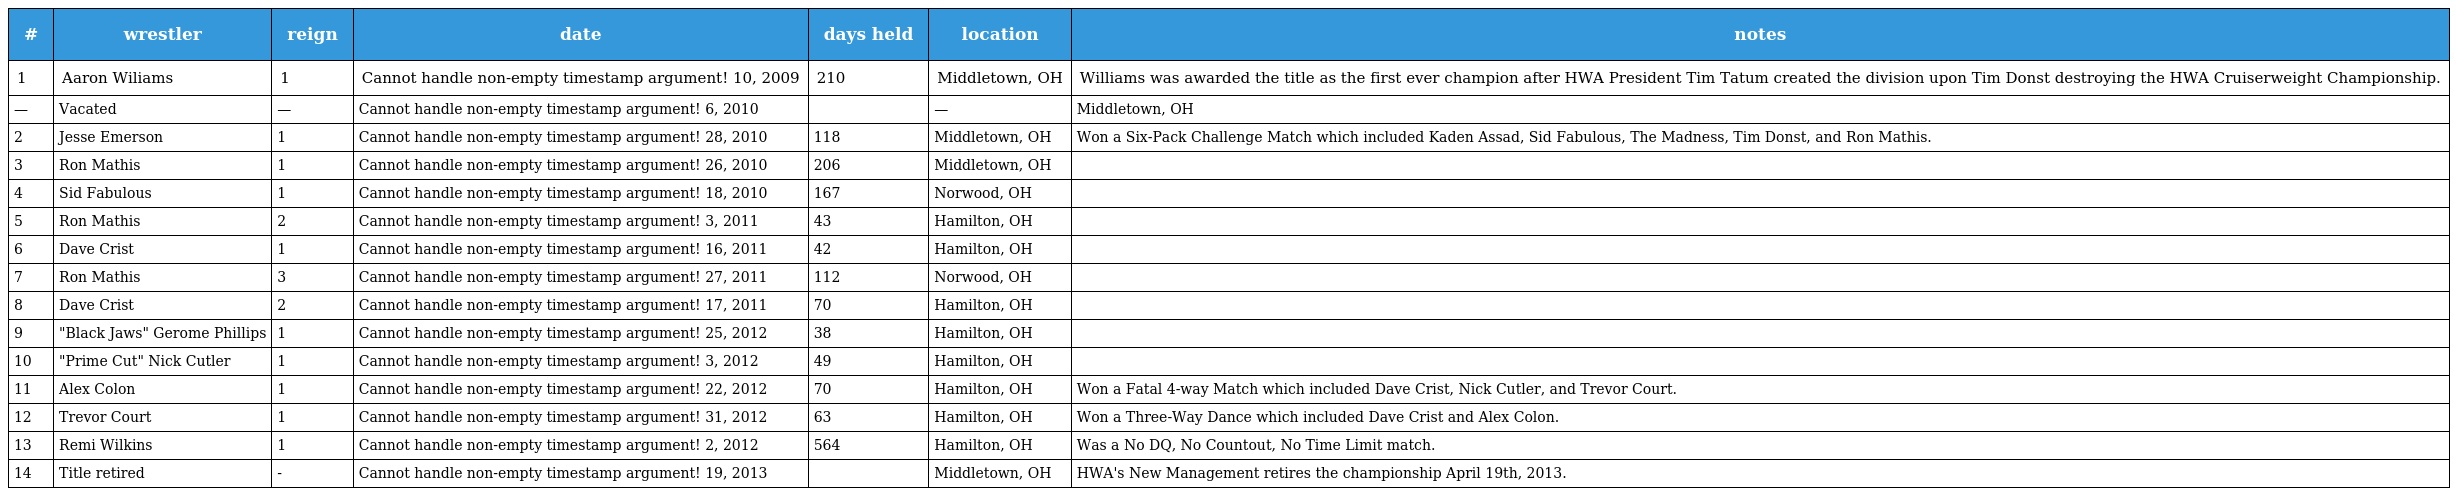
| # | wrestler | reign | date | days held | location | notes |
 | --- | --- | --- | --- | --- | --- | --- |
 | 1 | Aaron Wiliams | 1 | Cannot handle non-empty timestamp argument! 10, 2009 | 210 | Middletown, OH | Williams was awarded the title as the first ever champion after HWA President Tim Tatum created the division upon Tim Donst destroying the HWA Cruiserweight Championship. |
 | — | Vacated | — | Cannot handle non-empty timestamp argument! 6, 2010 |  | — | Middletown, OH |
 | 2 | Jesse Emerson | 1 | Cannot handle non-empty timestamp argument! 28, 2010 | 118 | Middletown, OH | Won a Six-Pack Challenge Match which included Kaden Assad, Sid Fabulous, The Madness, Tim Donst, and Ron Mathis. |
 | 3 | Ron Mathis | 1 | Cannot handle non-empty timestamp argument! 26, 2010 | 206 | Middletown, OH |  |
 | 4 | Sid Fabulous | 1 | Cannot handle non-empty timestamp argument! 18, 2010 | 167 | Norwood, OH |  |
 | 5 | Ron Mathis | 2 | Cannot handle non-empty timestamp argument! 3, 2011 | 43 | Hamilton, OH |  |
 | 6 | Dave Crist | 1 | Cannot handle non-empty timestamp argument! 16, 2011 | 42 | Hamilton, OH |  |
 | 7 | Ron Mathis | 3 | Cannot handle non-empty timestamp argument! 27, 2011 | 112 | Norwood, OH |  |
 | 8 | Dave Crist | 2 | Cannot handle non-empty timestamp argument! 17, 2011 | 70 | Hamilton, OH |  |
 | 9 | "Black Jaws" Gerome Phillips | 1 | Cannot handle non-empty timestamp argument! 25, 2012 | 38 | Hamilton, OH |  |
 | 10 | "Prime Cut" Nick Cutler | 1 | Cannot handle non-empty timestamp argument! 3, 2012 | 49 | Hamilton, OH |  |
 | 11 | Alex Colon | 1 | Cannot handle non-empty timestamp argument! 22, 2012 | 70 | Hamilton, OH | Won a Fatal 4-way Match which included Dave Crist, Nick Cutler, and Trevor Court. |
 | 12 | Trevor Court | 1 | Cannot handle non-empty timestamp argument! 31, 2012 | 63 | Hamilton, OH | Won a Three-Way Dance which included Dave Crist and Alex Colon. |
 | 13 | Remi Wilkins | 1 | Cannot handle non-empty timestamp argument! 2, 2012 | 564 | Hamilton, OH | Was a No DQ, No Countout, No Time Limit match. |
 | 14 | Title retired | - | Cannot handle non-empty timestamp argument! 19, 2013 |  | Middletown, OH | HWA's New Management retires the championship April 19th, 2013. |